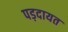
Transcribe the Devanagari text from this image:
पड़दायत